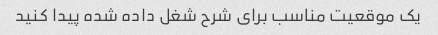
یک موقعیت مناسب برای شرح شغل داده شده پیدا کنید